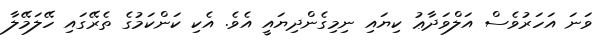
ވަނަ އަހަރުވެސް އަލްވަދާޢު ކިޔައި ނިމިގެންދިޔައީ އެވެ. އެކި ކަންކަމުގެ ތެރޭގައި ހޭލަމޭލާ